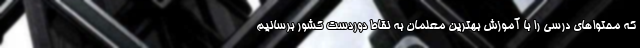
که محتواهای درسی را با آموزش بهترین معلمان به نقاط دوردست کشور برسانیم